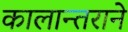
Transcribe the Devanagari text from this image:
कालान्तराने